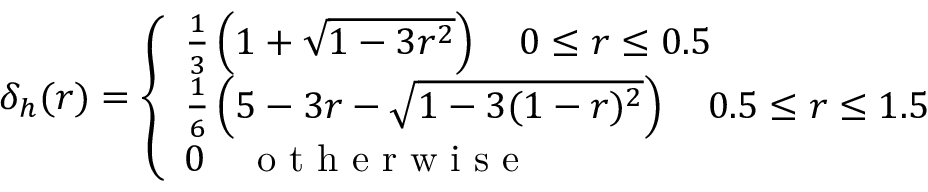
\delta _ { h } ( r ) = \left\{ \begin{array} { l l } { \frac { 1 } { 3 } \left( 1 + \sqrt { 1 - 3 r ^ { 2 } } \right) \quad 0 \leq r \leq 0 . 5 } \\ { \frac { 1 } { 6 } \left( 5 - 3 r - \sqrt { 1 - 3 ( 1 - r ) ^ { 2 } } \right) \quad 0 . 5 \leq r \leq 1 . 5 } \\ { 0 \quad \mathrm { ~ o ~ t ~ h ~ e ~ r ~ w ~ i ~ s ~ e ~ } } \end{array} \right.